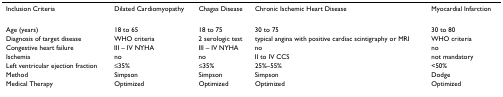
<table><thead><tr><td><b>Inclusion Criteria</b></td><td><b>Dilated Cardiomyopathy</b></td><td><b>Chagas Disease</b></td><td><b>Chronic Ischemic Heart Disease</b></td><td><b>Myocardial Infarction</b></td></tr></thead><tbody><tr><td>Age (years)</td><td>18 to 65</td><td>18 to 75</td><td>30 to 75</td><td>30 to 80</td></tr><tr><td>Diagnosis of target disease</td><td>WHO criteria</td><td>2 serologic test</td><td>typical angina with positive cardiac scintigraphy or MRI</td><td>WHO criteria</td></tr><tr><td>Congestive heart failure</td><td>III – IV NYHA</td><td>III – IV NYHA</td><td>no</td><td>no</td></tr><tr><td>Ischemia</td><td>no</td><td>no</td><td>II to IV CCS</td><td>not mandatory</td></tr><tr><td>Left ventricular ejection fraction</td><td>≤35%</td><td>≤35%</td><td>25%–55%</td><td>&lt;50%</td></tr><tr><td>Method</td><td>Simpson</td><td>Simpson</td><td>Simpson</td><td>Dodge</td></tr><tr><td>Medical Therapy</td><td>Optimized</td><td>Optimized</td><td>Optimized</td><td>Optimized</td></tr></tbody></table>